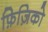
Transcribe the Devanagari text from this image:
फ़िज़िको